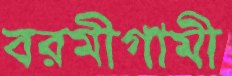
বরমীগামী